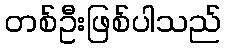
တစ်ဦးဖြစ်ပါသည်